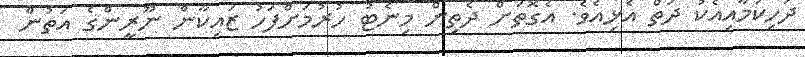
ދަހިކަމާއިއެކު ދަތް އެޅިއެވެ. އެގޮތަށް ދެތިން މިނެޓު ހުރުމަށްފަހު ޒައިކާން ނޫރީންގެ އަތުން